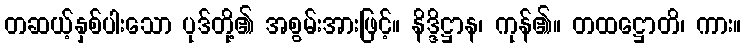
တဆယ့်နှစ်ပါးသော ပုဒ်တို့၏ အစွမ်းအားဖြင့်။ နိဒ္ဒိဋ္ဌာန၊ ကုန်၏။ တထဋ္ဌောတိ၊ ကား။